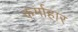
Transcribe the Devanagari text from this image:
कर्माहार